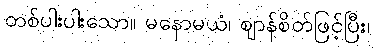
တစ်ပါးပါးသော။ မနောမယံ၊ ဈာန်စိတ်ဖြင့်ပြီး၊